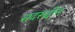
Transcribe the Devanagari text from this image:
सदरूद्दीन